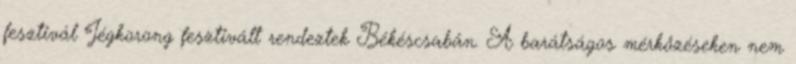
fesztivál Jégkorong fesztivált rendeztek Békéscsabán. A barátságos mérkőzéseken nem